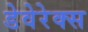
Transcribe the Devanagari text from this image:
डेवेरेक्स